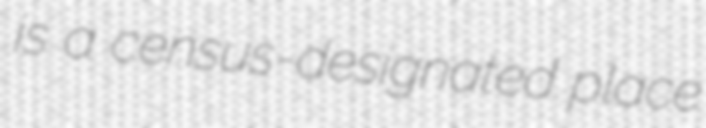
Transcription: is a census-designated place